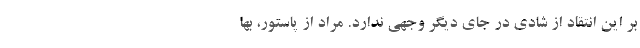
بر این انتقاد از شادی در جای دیگر وجهی ندارد. مراد از پاستور، بها